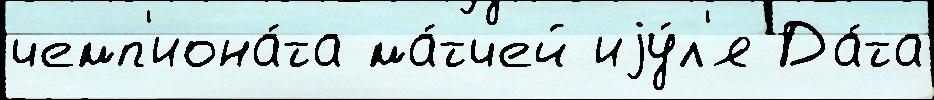
чемп'иона́та ма́тчей иjу́л'я Да́та